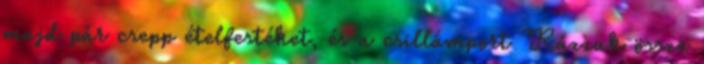
majd pár csepp ételfestéket, és a csillámport Rázzuk össze